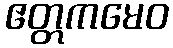
ဧတ္တကမေဝ